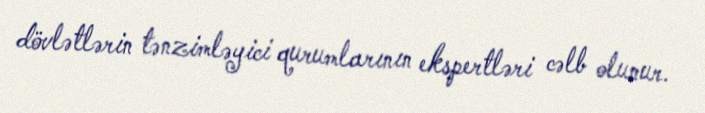
dövlətlərin tənzimləyici qurumlarının ekspertləri cəlb olunur.